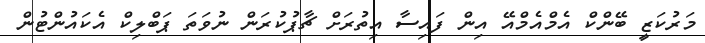
މަރުކަޒީ ބޭންކް އެމްއެމްއޭ އިން ފައިސާ އިތުރަށް ޗާޕުކުރަން ނުވަތަ ޕަބްލިކް އެކައުންޓުން